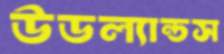
উডল্যান্ডস